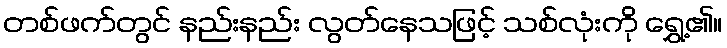
တစ်ဖက်တွင် နည်းနည်း လွတ်နေသဖြင့် သစ်လုံးကို ရွှေ့၏။